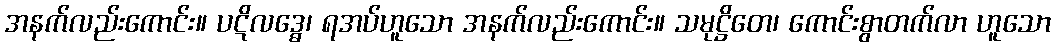
အနက်လည်းကောင်း။ ပဋိလဒ္ဓေ၊ ရအပ်ဟူသော အနက်လည်းကောင်း။ သမုဋ္ဌိတေ၊ ကောင်းစွာတက်လာ ဟူသော